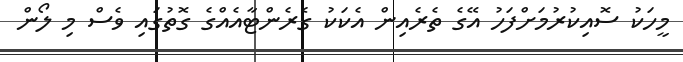
މީހަކު ސޮއިކުރުމަށްފަހު އޭގެ ތެރެއިން އެކަކު ގެރެންޓާއެއްގެ ގޮތުގައި ވެސް މި ލޯން